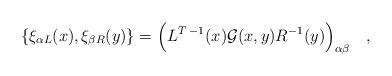
LaTeX: \begin{align*}\{\xi_{\alpha L}(x),\xi_{\beta R} (y)\}=\Bigl( L^{T\;-1}(x) {\cal G}(x,y)R^{-1}(y)\Bigr)_{\alpha \beta}\quad,\end{align*}